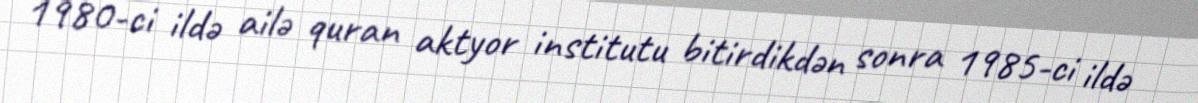
1980-ci ildə ailə quran aktyor institutu bitirdikdən sonra 1985-ci ildə